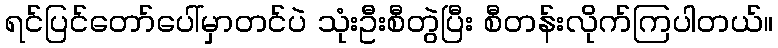
ရင်ပြင်တော်ပေါ်မှာတင်ပဲ သုံးဦးစီတွဲပြီး စီတန်းလိုက်ကြပါတယ်။